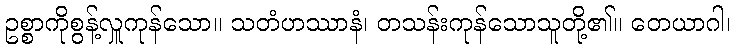
ဥစ္စာကိုစွန့်လှူကုန်သော။ သတံဟဿာနံ၊ တသန်းကုန်သောသူတို့၏။ တေယာဂါ၊